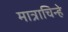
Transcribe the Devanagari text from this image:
मात्राचिन्हे